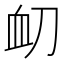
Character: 𮕝